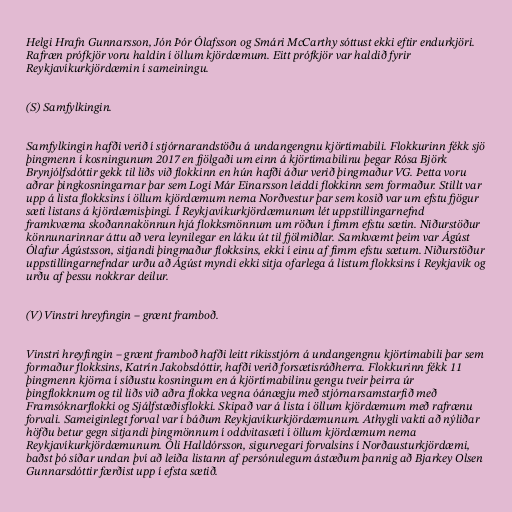
Helgi Hrafn Gunnarsson, Jón Þór Ólafsson og Smári McCarthy sóttust ekki eftir endurkjöri.
Rafræn prófkjör voru haldin í öllum kjördæmum. Eitt prófkjör var haldið fyrir
Reykjavíkurkjördæmin í sameiningu.

(S) Samfylkingin.

Samfylkingin hafði verið í stjórnarandstöðu á undangengnu kjörtímabili. Flokkurinn fékk sjö
þingmenn í kosningunum 2017 en fjölgaði um einn á kjörtímabilinu þegar Rósa Björk
Brynjólfsdóttir gekk til liðs við flokkinn en hún hafði áður verið þingmaður VG. Þetta voru
aðrar þingkosningarnar þar sem Logi Már Einarsson leiddi flokkinn sem formaður. Stillt var
upp á lista flokksins í öllum kjördæmum nema Norðvestur þar sem kosið var um efstu fjögur
sæti listans á kjördæmisþingi. Í Reykjavíkurkjördæmunum lét uppstillingarnefnd
framkvæma skoðannakönnun hjá flokksmönnum um röðun í fimm efstu sætin. Niðurstöður
könnunarinnar áttu að vera leynilegar en láku út til fjölmiðlar. Samkvæmt þeim var Ágúst
Ólafur Ágústsson, sitjandi þingmaður flokksins, ekki í einu af fimm efstu sætum. Niðurstöður
uppstillingarnefndar urðu að Ágúst myndi ekki sitja ofarlega á listum flokksins í Reykjavík og
urðu af þessu nokkrar deilur.

(V) Vinstri hreyfingin – grænt framboð.

Vinstri hreyfingin – grænt framboð hafði leitt ríkisstjórn á undangengnu kjörtímabili þar sem
formaður flokksins, Katrín Jakobsdóttir, hafði verið forsætisráðherra. Flokkurinn fékk 11
þingmenn kjörna í síðustu kosningum en á kjörtímabilinu gengu tveir þeirra úr
þingflokknum og til liðs við aðra flokka vegna óánægju með stjórnarsamstarfið með
Framsóknarflokki og Sjálfstæðisflokki. Skipað var á lista í öllum kjördæmum með rafrænu
forvali. Sameiginlegt forval var í báðum Reykjavíkurkjördæmunum. Athygli vakti að nýliðar
höfðu betur gegn sitjandi þingmönnum í oddvitasæti í öllum kjördæmum nema
Reykjavíkurkjördæmunum. Óli Halldórsson, sigurvegari forvalsins í Norðausturkjördæmi,
baðst þó síðar undan því að leiða listann af persónulegum ástæðum þannig að Bjarkey Olsen
Gunnarsdóttir færðist upp í efsta sætið.